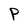
Character: P